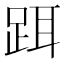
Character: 𬦮